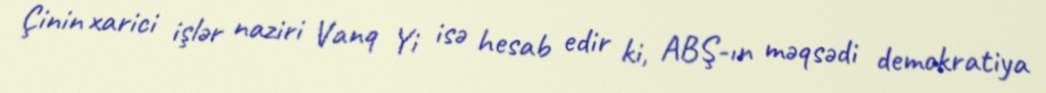
Çinin xarici işlər naziri Vanq Yi isə hesab edir ki, ABŞ-ın məqsədi demokratiya